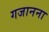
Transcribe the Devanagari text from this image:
गजानना